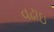
વઢાઇ